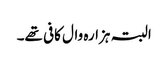
البتہ ہزارہ وال کافی تھے۔